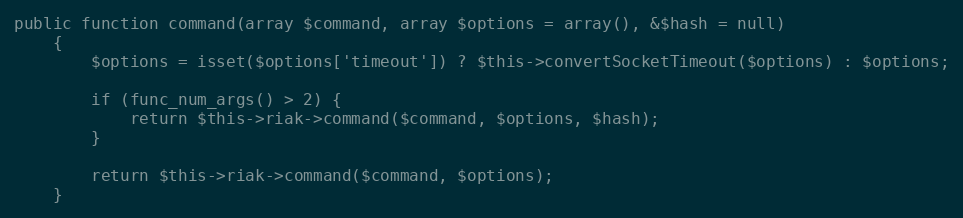
Language: PHP
public function command(array $command, array $options = array(), &$hash = null)
    {
        $options = isset($options['timeout']) ? $this->convertSocketTimeout($options) : $options;

        if (func_num_args() > 2) {
            return $this->riak->command($command, $options, $hash);
        }

        return $this->riak->command($command, $options);
    }